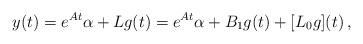
LaTeX: \begin{align*}y(t) = e^{At} \alpha + Lg(t) = e^{At} \alpha + B_1 g(t) +[ L_0 g](t) \,,\end{align*}